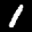
Label: 1